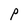
Character: P